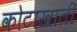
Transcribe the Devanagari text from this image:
कोटाखाली